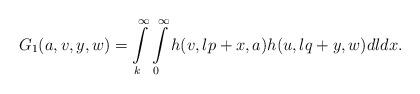
LaTeX: \begin{align*}G_1(a, v, y, w)=\int\limits_k^{\infty }\int\limits _{0}^{\infty}h(v, lp+x, a)h(u, lq+y,w)dldx.\end{align*}